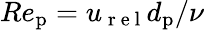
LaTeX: Re_{\mathrm{p}}=u_{\mathrm{~r~e~l~}}d_{\mathrm{p}}/\nu